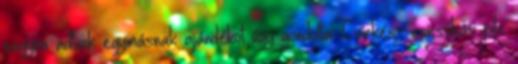
nagyon adtunk egymásnak ajándékot úgy gondolta. Csirkés- csicsókás pite